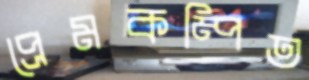
প্রেমকম্পিত